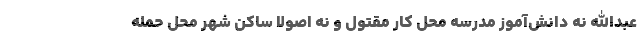
عبدالله نه دانش‌آموز مدرسه محل کار مقتول و نه اصولا ساکن شهر محل حمله